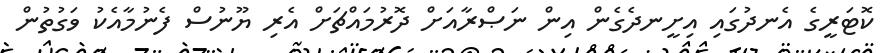
ކޮޓަރީގެ އެނދުގައި އިށީނދެގެން އިން ނަޞްރާއަށް ދޮރުމައްޗަށް އެރި ޔޫނުސް ފެނުމާއެކު ވަގުތުން